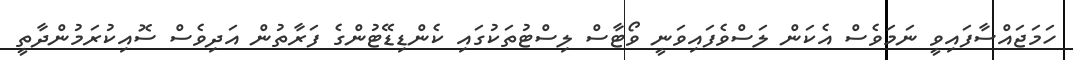
ހަމަޖައްސާފައިވީ ނަމަވެސް އެކަން ލަސްވެފައިވަނީ ވޯޓާސް ލިސްޓުތަކުގައި ކެންޑިޑޭޓުންގެ ފަރާތުން އަދިވެސް ސޮއިކުރަމުންދާތީ